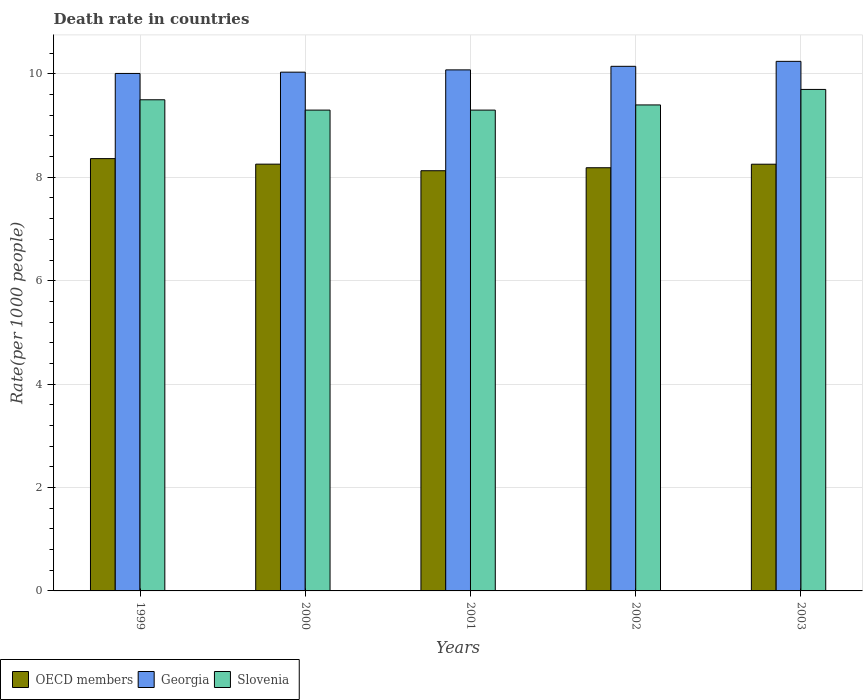
| Years | OECD members | Georgia | Slovenia |
 | --- | --- | --- | --- |
 | 1999 | 8.36 | 10 | 9.5 |
 | 2000 | 8.25 | 10 | 9.3 |
 | 2001 | 8.13 | 10.1 | 9.3 |
 | 2002 | 8.19 | 10.1 | 9.4 |
 | 2003 | 8.25 | 10.2 | 9.7 |